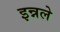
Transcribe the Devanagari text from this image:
इन्नले